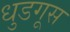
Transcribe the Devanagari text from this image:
धुडगूस